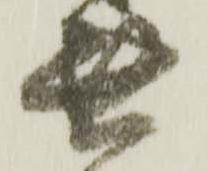
無